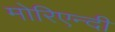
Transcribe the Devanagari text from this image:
मोरिएन्दी